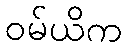
ဝမ်ယိက